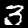
Label: 3